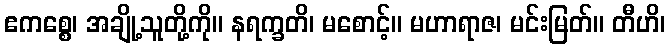
ဧကစ္စေ၊ အချို့သူတို့ကို။ နရက္ခတိ၊ မစောင့်။ မဟာရာဇ၊ မင်းမြတ်။ တီဟိ၊